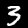
Digit: 3